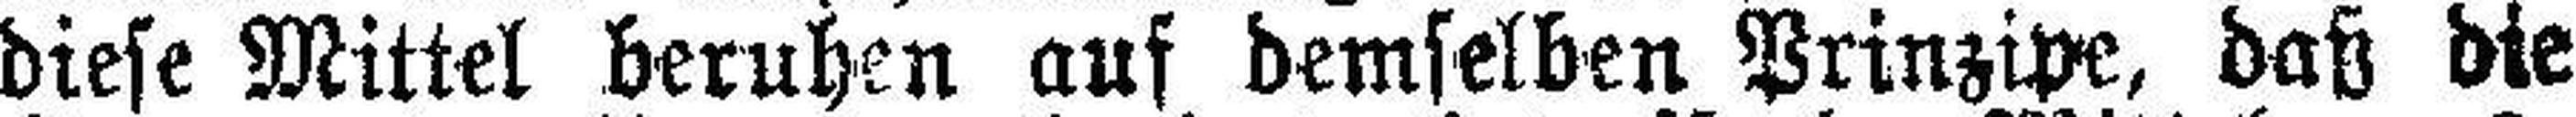
diese Mittel beruhen auf demselben Prinzipe, daß die